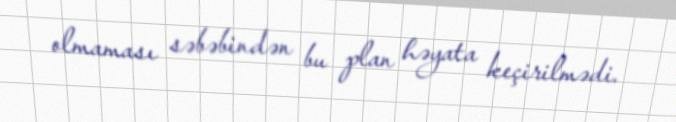
olmaması səbəbindən bu plan həyata keçirilmədi.